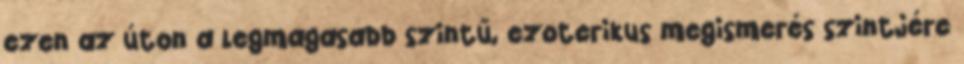
ezen az úton a legmagasabb szintű, ezoterikus megismerés szintjére